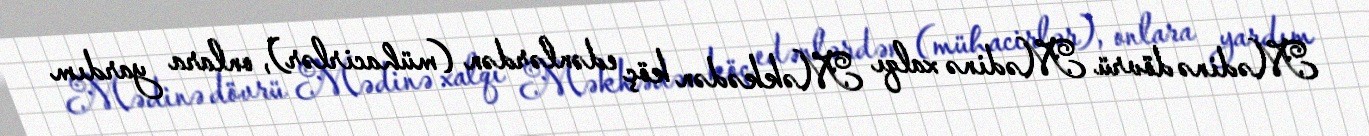
Mədinə dövrü Mədinə xalqı Məkkədən köç edənlərdən (mühacirlər), onlara yardım